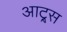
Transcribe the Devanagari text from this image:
आट्र्स